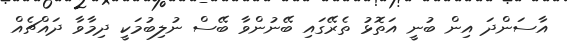
އާސަންދަ އިން ބުނީ އަތޮޅު ތެރޭގައި ބޭނުންވާ ބޭސް ނުލިބުމަކީ ދިމާވާ ދައްޗެއް